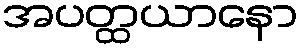
အပတ္ထယာနော